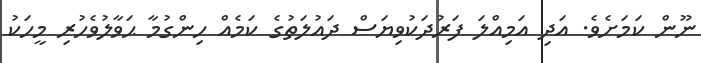
ނޫން ކަމަށެވެ. އަދި އަމިއްލަ ފަރުދަކުވިޔަސް ދައުލަތުގެ ކަމެއް ހިންގުމާ ޙަވާލުވެހުރި މީހަކު